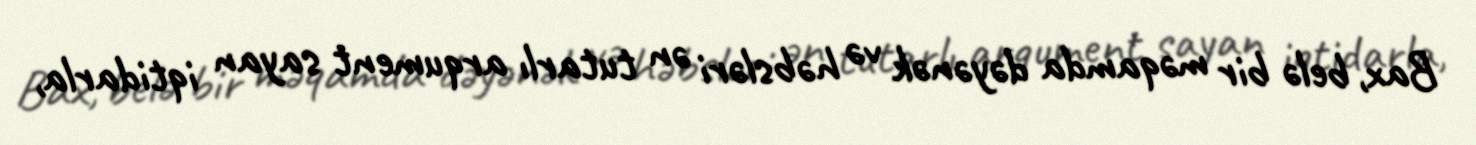
Bax, belə bir məqamda dəyənək və həbsləri ən tutarlı arqument sayan iqtidarla,